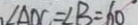
\angle A D C = \angle B = 6 0